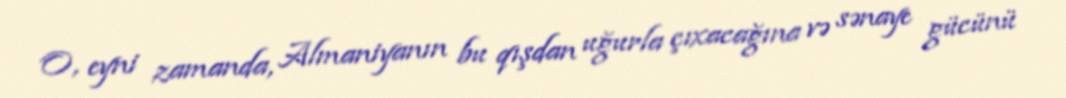
O, eyni zamanda, Almaniyanın bu qışdan uğurla çıxacağına və sənaye gücünü